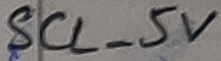
Text: SCL_5V